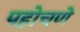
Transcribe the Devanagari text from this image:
पहोचणे